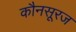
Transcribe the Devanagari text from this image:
कौनसूरज